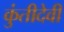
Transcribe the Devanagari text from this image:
कुंतीदेवी